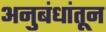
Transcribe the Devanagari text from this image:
अनुबंधांतून